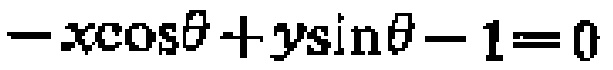
\(-x\cos\theta + y\sin\theta - 1 = 0\)